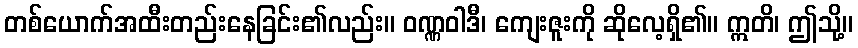
တစ်ယောက်အထီးတည်းနေခြင်း၏လည်း။ ဝဏ္ဏဝါဒီ၊ ကျေးဇူးကို ဆိုလေ့ရှိ၏။ ဣတိ၊ ဤသို့။